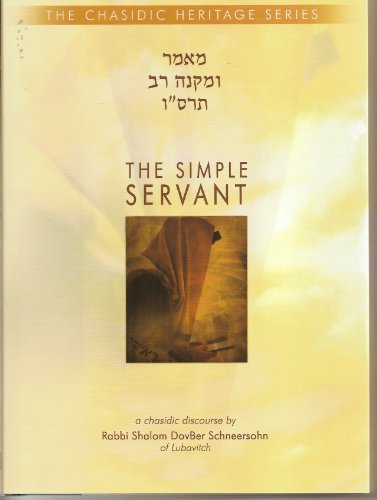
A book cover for The Simple Servant - UMikneh Rav (Chasidic Heritage Series); Shalom DovBer; Religion & Spirituality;